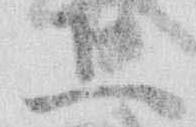
上